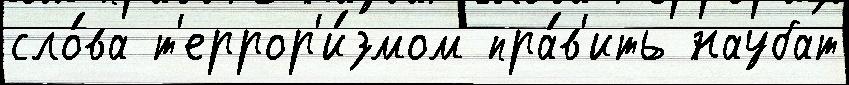
сло́ва т'еррор'и́змом пра́в'ить наубат